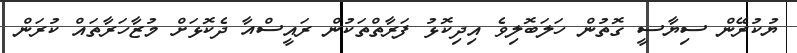
ޔުކުރޭން ސިޔާސީ ގޮތުން ހަލަބޮލިވެ އިދިކޮޅު ފަރާތްތަކުން ރައީސްއާ ދެކޮޅަށް މުޒާހަރާތައް ކުރަން